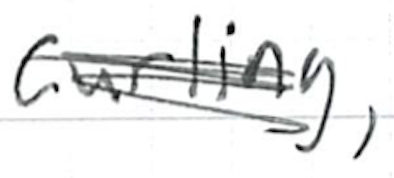
Text: curling,
Cross-out: scratch
Writing tool: ballpoint